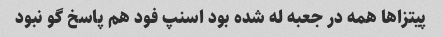
پیتزاها همه در جعبه له شده بود اسنپ فود هم پاسخ گو نبود